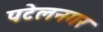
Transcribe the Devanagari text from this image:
पटेलनगर